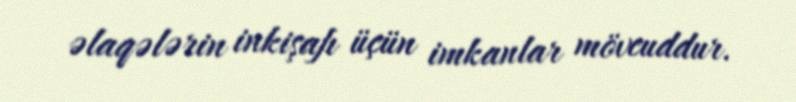
əlaqələrin inkişafı üçün imkanlar mövcuddur.